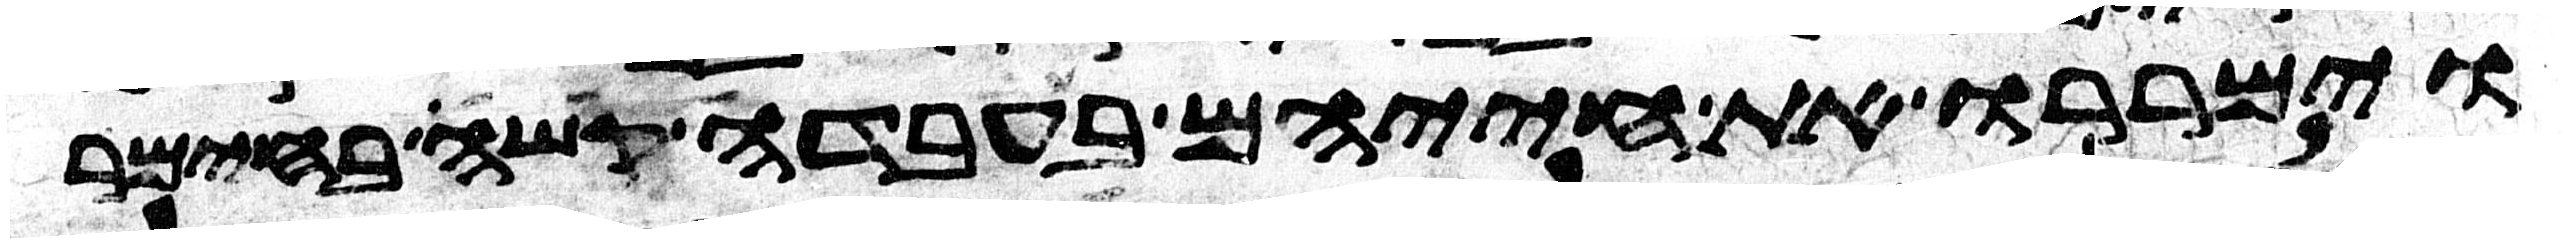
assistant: וימררו את חייהם בעבדה קשה בחימר